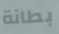
بطانة